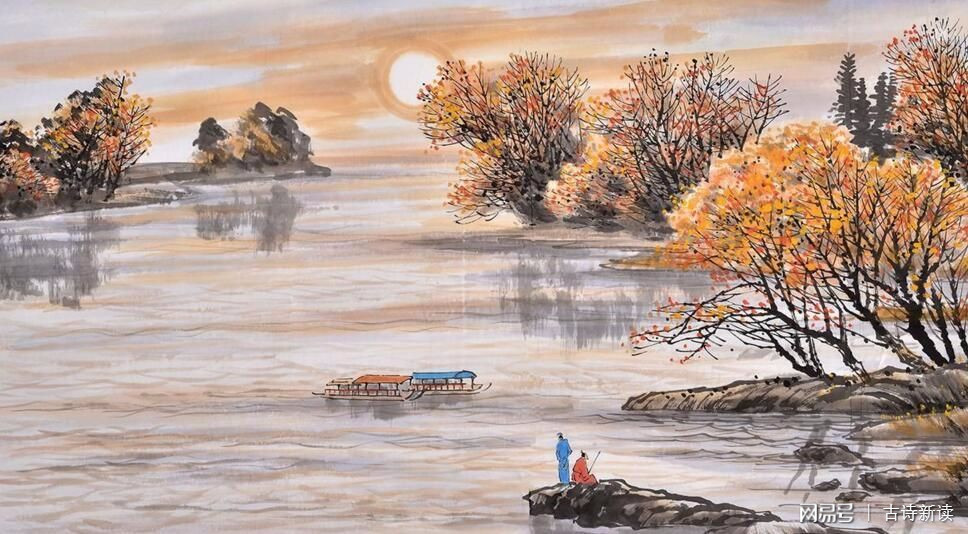
江上几人在，天涯孤棹还。